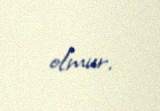
olmur.